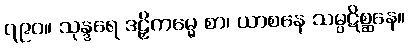
၇၉၀။ သုန္ဒရေ ဒဠှိကမ္မေ စာ၊ ယာစနေ သမ္ပဋိစ္ဆနေ။